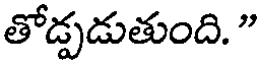
తోడ్పడుతుంది. "